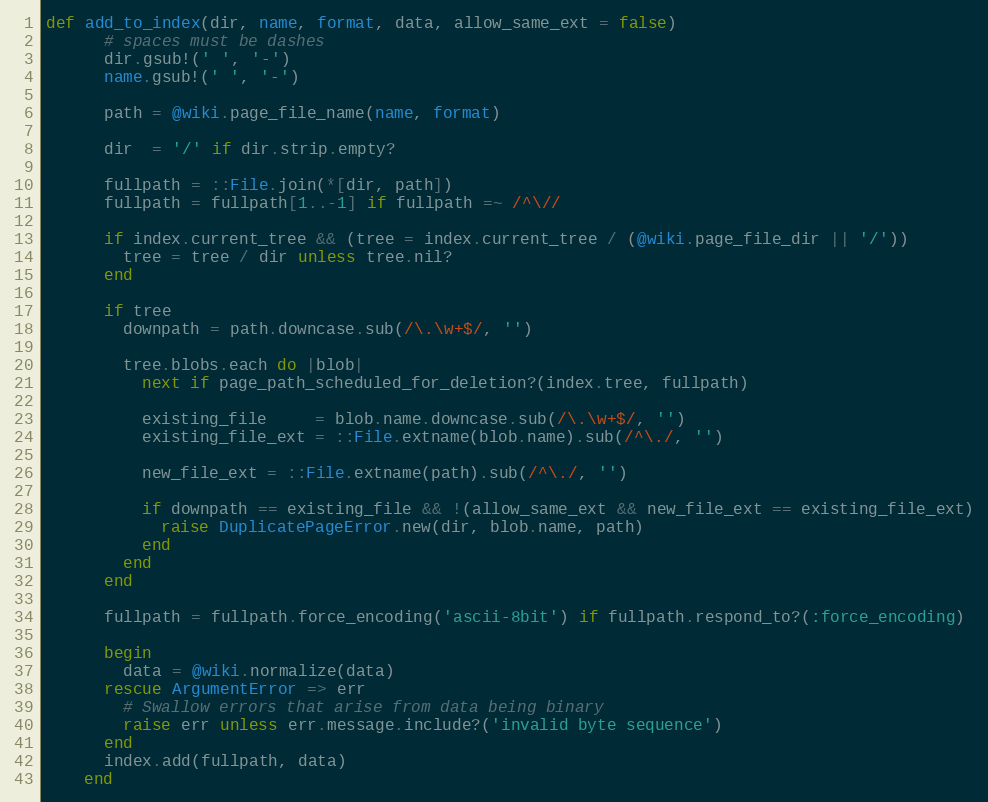
Language: Ruby
def add_to_index(dir, name, format, data, allow_same_ext = false)
      # spaces must be dashes
      dir.gsub!(' ', '-')
      name.gsub!(' ', '-')

      path = @wiki.page_file_name(name, format)

      dir  = '/' if dir.strip.empty?

      fullpath = ::File.join(*[dir, path])
      fullpath = fullpath[1..-1] if fullpath =~ /^\//

      if index.current_tree && (tree = index.current_tree / (@wiki.page_file_dir || '/'))
        tree = tree / dir unless tree.nil?
      end

      if tree
        downpath = path.downcase.sub(/\.\w+$/, '')

        tree.blobs.each do |blob|
          next if page_path_scheduled_for_deletion?(index.tree, fullpath)

          existing_file     = blob.name.downcase.sub(/\.\w+$/, '')
          existing_file_ext = ::File.extname(blob.name).sub(/^\./, '')

          new_file_ext = ::File.extname(path).sub(/^\./, '')

          if downpath == existing_file && !(allow_same_ext && new_file_ext == existing_file_ext)
            raise DuplicatePageError.new(dir, blob.name, path)
          end
        end
      end

      fullpath = fullpath.force_encoding('ascii-8bit') if fullpath.respond_to?(:force_encoding)

      begin
        data = @wiki.normalize(data)
      rescue ArgumentError => err
        # Swallow errors that arise from data being binary
        raise err unless err.message.include?('invalid byte sequence')
      end
      index.add(fullpath, data)
    end